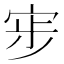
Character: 𭓷